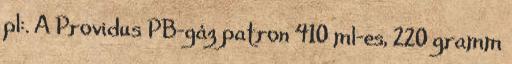
pl:. A ​Providus PB-gáz patron 410 ml-es, 220 gramm